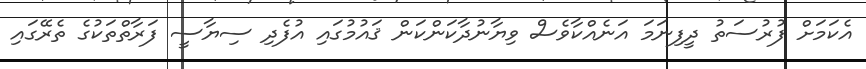
އެކަމަށް ފުރުސަތު ދީފިނަމަ އަނެއްކާވެސް ވިޔާނުދާކަންކަން ޤައުމުގައި އުފެދި ސިޔާސީ ފަރާތްތަކުގެ ތެރޭގައި